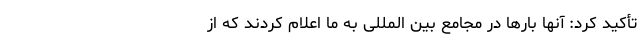
تأکید کرد: آنها بارها در مجامع بین المللی به ما اعلام کردند که از